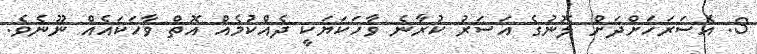
3. އެސަރަހަށްދަށް ލޮނުގެ އަސަރު ކުރާނެ ވާހަކަޔަކީ ދެއްކުމެއް އޮތް ވާހަކައެއް ނޫނެވެ.